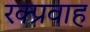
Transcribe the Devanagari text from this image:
रक्प्रवाह